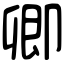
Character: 卿